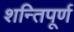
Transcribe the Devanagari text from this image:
शन्तिपूर्ण